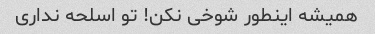
همیشه اینطور شوخی نکن! تو اسلحه نداری